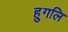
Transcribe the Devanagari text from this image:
हुगलि